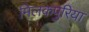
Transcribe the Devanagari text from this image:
मिलकपुरिया